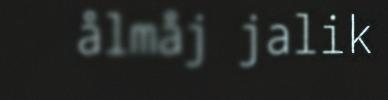
ålmåj jalik